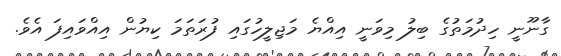
ގާނޫނީ ހިދުމަތުގެ ބިލުު މިވަނީ އިއްޔެ މަޖިލީހުގައި ފުރަތަމަ ކިޔުން އިއްވައިފަ އެވެ.